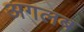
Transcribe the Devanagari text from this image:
अगलब